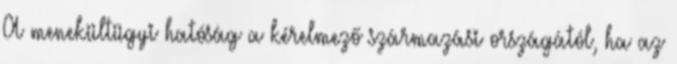
A menekültügyi hatóság a kérelmező származási országától, ha az